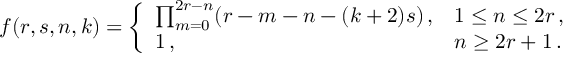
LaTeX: f ( r , s , n , k ) = \left\{ \begin{array} { l l } { { \prod _ { m = 0 } ^ { 2 r - n } ( r - m - n - ( k + 2 ) s ) \, , } } & { { 1 \leq n \leq 2 r \, , } } \\ { { 1 \, , } } & { { n \geq 2 r + 1 \, . } } \end{array} \right.